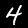
Label: 4